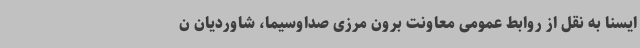
ایسنا به نقل از روابط عمومی معاونت برون مرزی صداوسیما، شاوردیان ن